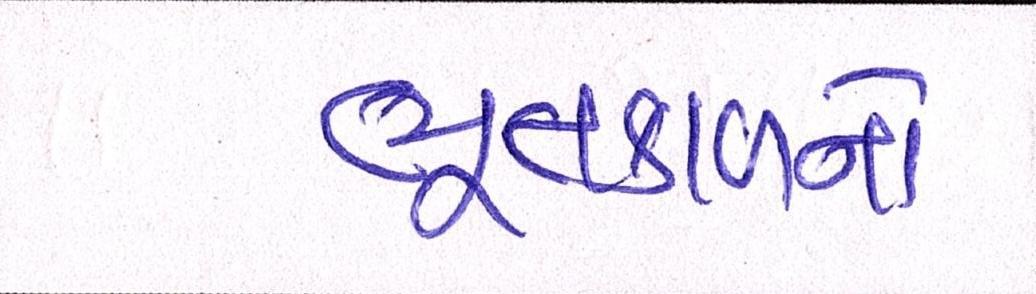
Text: ભૂતકાળનો